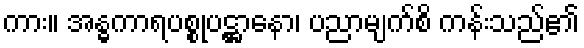
ကား။ အန္ဓကာရပစ္စုပဋ္ဌာနော၊ ပညာမျက်စိ ကန်းသည်၏